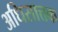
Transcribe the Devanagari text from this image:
अधिसात्तक